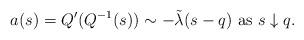
LaTeX: \begin{align*}a(s)=Q^{\prime}(Q^{-1}(s))\sim -\tilde{\lambda}(s-q) \mbox{ as } s\downarrow q.\end{align*}